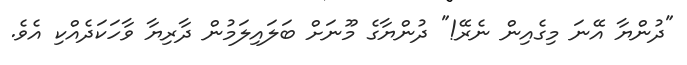
"ދުންޔާ އޭނަ މިގެއިން ނެރޭ!" ދުންޔާގެ މޫނަށް ބަލައިލަމުން ދާރިޔާ ވާހަކަދެއްކި އެވެ.